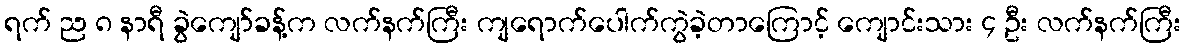
ရက် ည ၈ နာရီ ခွဲကျော်ခန့်က လက်နက်ကြီး ကျရောက်ပေါက်ကွဲခဲ့တာကြောင့် ကျောင်းသား ၄ ဦး လက်နက်ကြီး